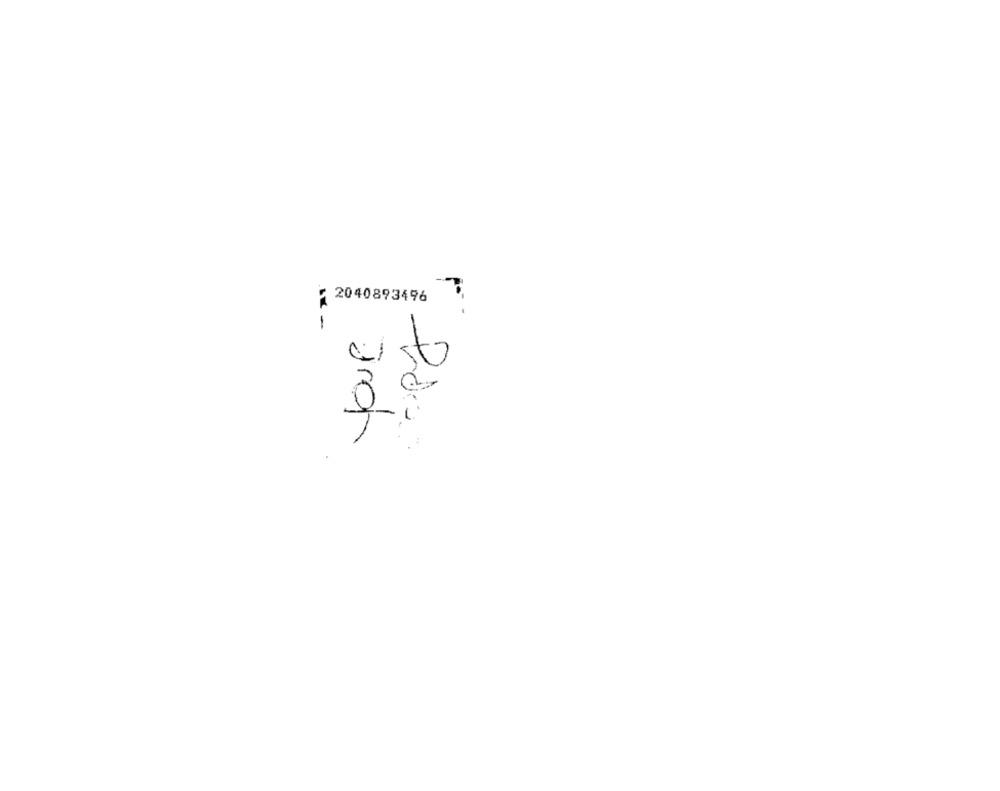
2040893496
t